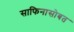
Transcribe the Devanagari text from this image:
साफिनासोबत